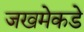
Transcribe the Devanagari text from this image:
जखमेकडे